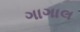
ગાગાલ